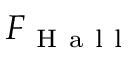
F _ { \mathrm { ~ H ~ a ~ l ~ l ~ } }